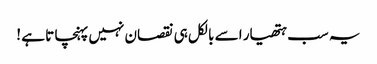
یہ سب ہتھیار اسے بالکل ہی نقصان نہیں پہنچا تا ہے !